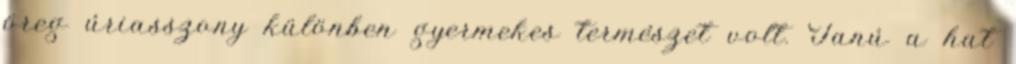
öreg úriasszony különben gyermekes természet volt. Tanú a hat